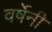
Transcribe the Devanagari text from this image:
वर्षेनी